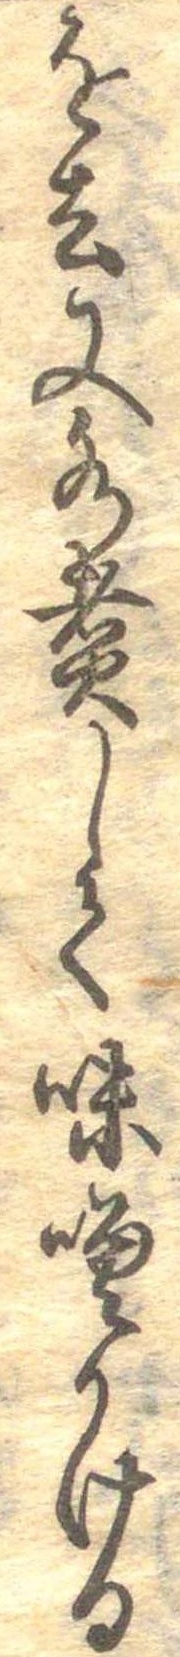
を去又水煮して味噌かける